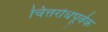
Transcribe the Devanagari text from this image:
चित्तरोधपूर्वक